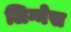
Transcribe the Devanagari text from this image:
लिग्नेस